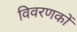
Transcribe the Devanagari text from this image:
विवरणकों